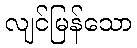
လျင်မြန်သော